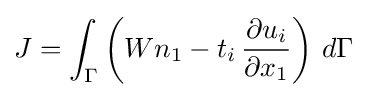
J=\int _{\Gamma }\left(Wn_{1}-t_{i}\,{\frac {\partial u_{i}}{\partial x_{1}}}\right)\,d\Gamma